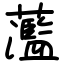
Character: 蘫